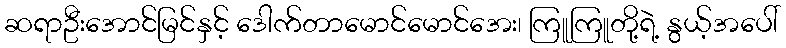
ဆရာဦးအောင်မြင်နှင့် ဒေါက်တာမောင်မောင်အေး၊ ကြူကြူတို့ရဲ့ နွယ့်အပေါ်